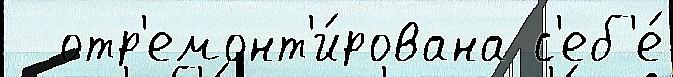
  отр'емонт'и́рована с'еб'е́